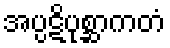
အပ္ပဋိပုစ္ဆာကတံ